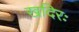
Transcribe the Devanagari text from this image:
खदिरः